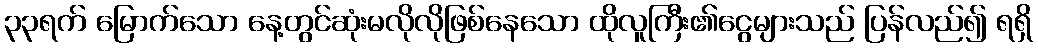
၃၃ရက် မြောက်သော နေ့တွင်ဆုံးမလိုလိုဖြစ်နေသော ထိုလူကြီး၏ငွေများသည် ပြန်လည်၍ ရရှိ